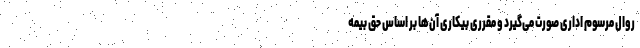
روال مرسوم اداری صورت می‌گیرد و مقرری بیکاری آن‌ها بر اساس حق بیمه